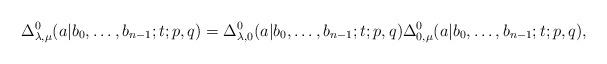
LaTeX: \begin{gather*}\Delta^0_{\lambda,\mu}(a|b_0,\dots,b_{n-1};t;p,q)=\Delta^0_{\lambda,0}(a|b_0,\dots,b_{n-1};t;p,q)\Delta^0_{0,\mu}(a|b_0,\dots,b_{n-1};t;p,q),\end{gather*}